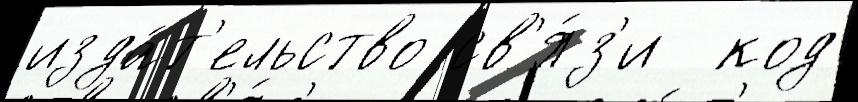
изда́т'ельство св'я́з'и  код